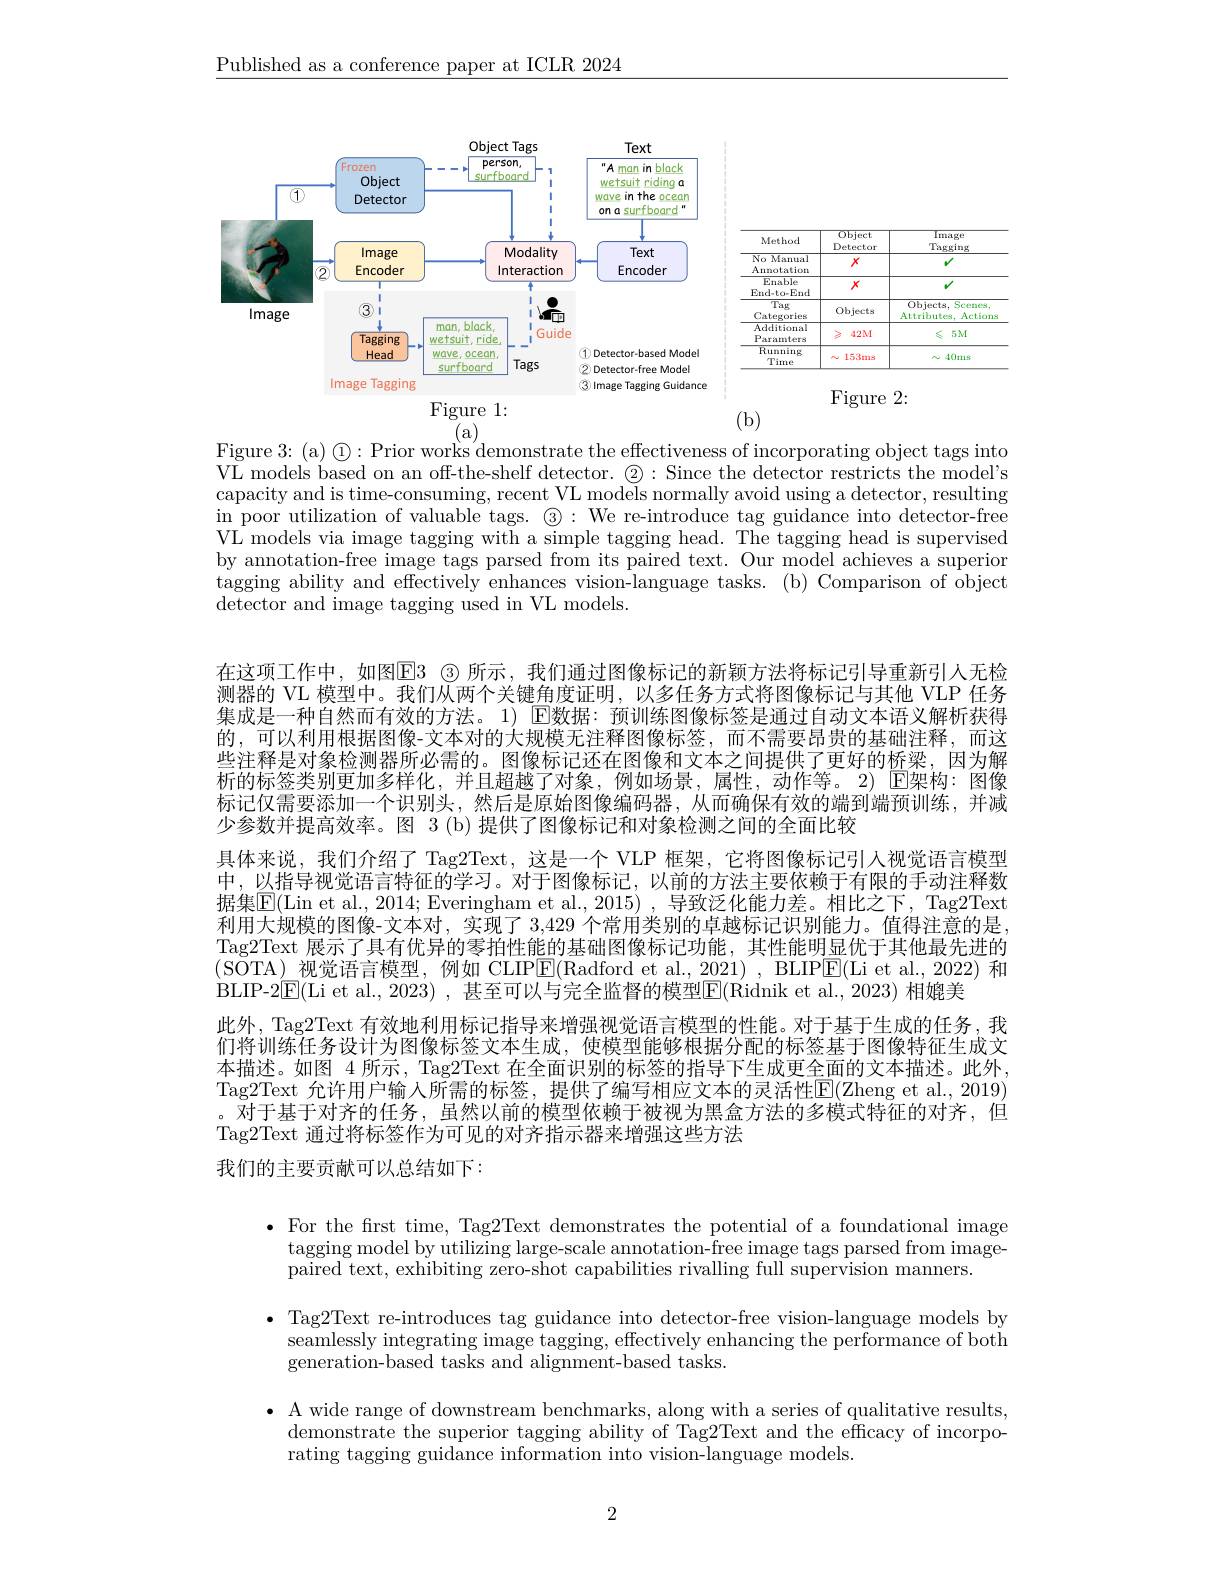
$\underline{\text{Published as a conference paper at ICLR 2024}}$

<FigureHere>
Figure 1:

<FigureHere>

(b)

$\overline{{\mathrm{(a)}}}_{\mathrm{,}}$
Figure 3: (a) $\textcircled{1}:$Prior works'demonstrate the effectiveness of incorporating object tags into

VL models based on an off-the-shelf detector. $\textcircled{2}:$ Since the detector restricts the model's capacity and is time-consuming, recent VL models normally avoid using a detector, resulting in poor utilization of valuable tags. $\textcircled{3}:$ We re-introduce tag guidance into detector-free VL models via image tagging with a simple tagging head. The tagging head is supervised by annotation-free image tags parsed from its paired text. Our model achieves a superior tagging ability and effectively enhances vision-language tasks. (b) Comparison of object detector and image tagging used in VL models.

在这项工作中，如图$\overline{\mathrm{E}}$3 \textcircled 3 所示，我们通过图像标记的新颖方法将标记引导重新引人无检测器的 VL 模型中。我们从两个关键角度证明，以多任务方式将图像标记与其他 VLP 任务集成是一种自然而有效的方法。1) $\operatorname{E\text{数据：预训练图像标签是通过自动文本语义解析获得}}$ 的，可以利用根据图像-文本对的大规模无注释图像标签，而不需要昂贵的基础注释，而这些注释是对象检测器所必需的。图像标记还在图像和文本之间提供了更好的桥梁，因为解析的标签类别更加多样化，并且超越了对象，例如场景，属性，动作等。2) E架构：图像标记仅需要添加一个识别头，然后是原始图像编码器，从而确保有效的端到端预训练，并减少参数并提高效率。图 3 (b) 提供了图像标记和对象检测之间的全面比较
具体来说，我们介绍了 Tag2Text, 这是一个 VLP 框架，它将图像标记引人视觉语言模型中，以指导视觉语言特征的学习。对于图像标记，以前的方法主要依赖于有限的手动注释数据集$\overline{\mathrm{E}}($Lin et al., 2014; Everingham et al., 2015) , 导致泛化能力差。相比之下，Tag2Text 利用大规模的图像-文本对，实现了 3,429 个常用类别的卓越标记识别能力。值得注意的是， Tag2Text 展示了具有优异的零拍性能的基础图像标记功能，其性能明显优于其他最先进的(SOTA) 视觉语言模型，例如 CLIP$\overline{\mathrm{E}}($Radford et al.,2021) , BLIP$\overline{\mathrm{E}}($Li et al.,2022) 和BLIP- 2$\boxed{E}$( Li et al. , 2023) , 甚至可以与完全监督的模型$\overline {E}$( Ridnik et al. , 2023) 相媲美
此外，Tag2Text 有效地利用标记指导来增强视觉语言模型的性能。对于基于生成的任务，我们将训练任务设计为图像标签文本生成，使模型能够根据分配的标签基于图像特征生成文本描述。如图 4 所示，Tag2Text 在全面识别的标签的指导下生成更全面的文本描述。此外， Tag2Text 允许用户输人所需的标签，提供了编写相应文本的灵活性$\boxed{\mathrm{E}}($Zheng et al., 2019) 。对于基于对齐的任务，虽然以前的模型依赖于被视为黑盒方法的多模式特征的对齐，但Tag2Text 通过将标签作为可见的对齐指示器来增强这些方法
我们的主要贡献可以总结如下：

$\bullet$ For the first time, Tag2Text demonstrates the potential of a foundational image
tagging model by utilizing large-scale annotation-free image tags parsed from image-
paired text, exhibiting zero-shot capabilities rivalling full supervision manners.
$\bullet$ Tag2Text re-introduces tag guidance into detector-free vision-language models by
seamlessly integrating image tagging, effectively enhancing the performance of both
generation-based tasks and alignment-based tasks.
$\bullet$ A wide range of downstream benchmarks, along with a series of qualitative results,
demonstrate the superior tagging ability of Tag2Text and the efficacy of incorpo-
rating tagging guidance information into vision-language models.

2